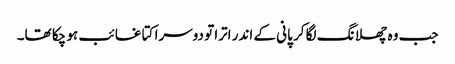
جب وہ چھلانگ لگا کر پانی کے اندر اترا تو دوسرا کتا غائب ہو چکا تھا۔